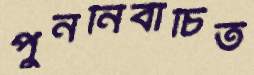
পুননির্বাচিত